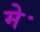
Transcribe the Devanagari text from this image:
मेॱ